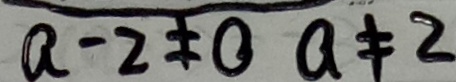
a - 2 \neq 0 a \neq 2